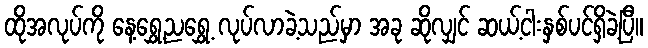
ထိုအလုပ်ကို နေ့ရွှေ့ညရွှေ့ လုပ်လာခဲ့သည်မှာ အခု ဆိုလျှင် ဆယ့်ငါးနှစ်ပင်ရှိခဲ့ပြီ။